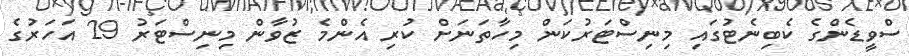
ސްވީޑެންގެ ކެބިނެޓުގައި މިނިސްޓަރުކަން މިހާތަނަށް ކުރި އެންމެ ޒުވާން މިނިސްޓަރު 29 އަހަރުގެ